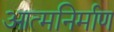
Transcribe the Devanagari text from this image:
आत्मनिर्माण